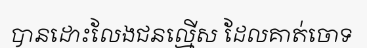
បានដោះលែងជនល្មើស ដែលគាត់ចោទ